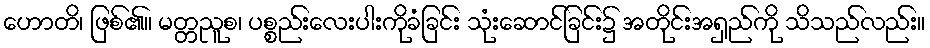
ဟောတိ၊ ဖြစ်၏။ မတ္တညူစ၊ ပစ္စည်းလေးပါးကိုခံခြင်း သုံးဆောင်ခြင်း၌ အတိုင်းအရှည်ကို သိသည်လည်း။